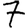
Digit: 7